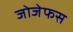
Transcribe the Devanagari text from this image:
जोजेफस